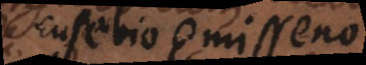
usebio Emisseno.